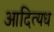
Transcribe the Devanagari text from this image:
आदित्यध